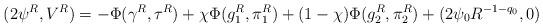
LaTeX: \begin{align*}(2\psi^R, V^R) =- \Phi(\gamma^R, \tau^R) + \chi \Phi(g_1^R, \pi_1^R) + (1-\chi) \Phi(g_2^R, \pi_2^R) + (2\psi_0 R^{-1-q_0}, 0 )\end{align*}